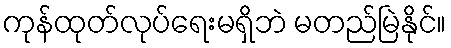
ကုန်ထုတ်လုပ်ရေးမရှိဘဲ မတည်မြဲနိုင်။